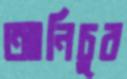
আনিচুর